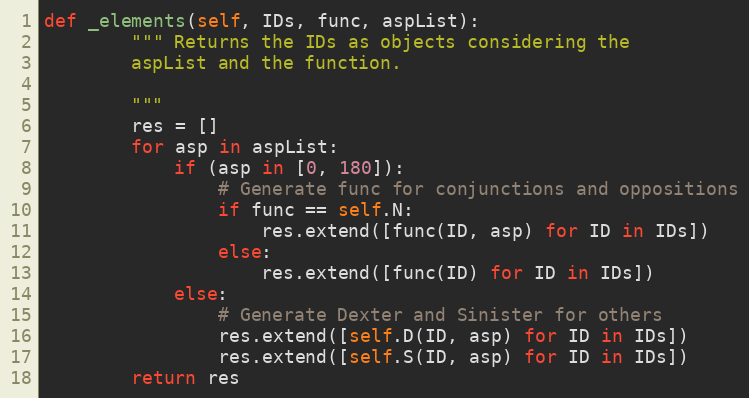
Language: Python
def _elements(self, IDs, func, aspList):
        """ Returns the IDs as objects considering the
        aspList and the function.

        """
        res = []
        for asp in aspList:
            if (asp in [0, 180]):
                # Generate func for conjunctions and oppositions
                if func == self.N:
                    res.extend([func(ID, asp) for ID in IDs])
                else:
                    res.extend([func(ID) for ID in IDs])
            else:
                # Generate Dexter and Sinister for others
                res.extend([self.D(ID, asp) for ID in IDs])
                res.extend([self.S(ID, asp) for ID in IDs])
        return res